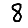
Digit: 8